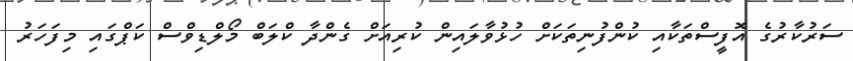
ސަރުކާރުގެ އޮފީސްތަކާއި ކުންފުނިތަކަށް ހުޅުވާލައިން ކުރިއަށް ގެންދާ ކްލަބް މޯލްޑިވްސް ކަޕްގައި މިފަހަރު